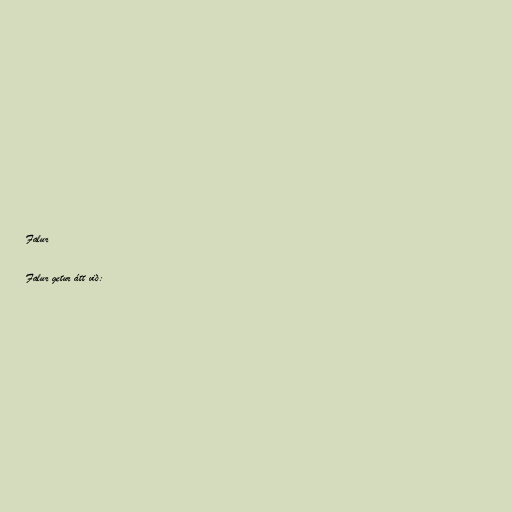
Falur

Falur getur átt við: